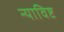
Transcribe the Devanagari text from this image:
न्याविष्ट